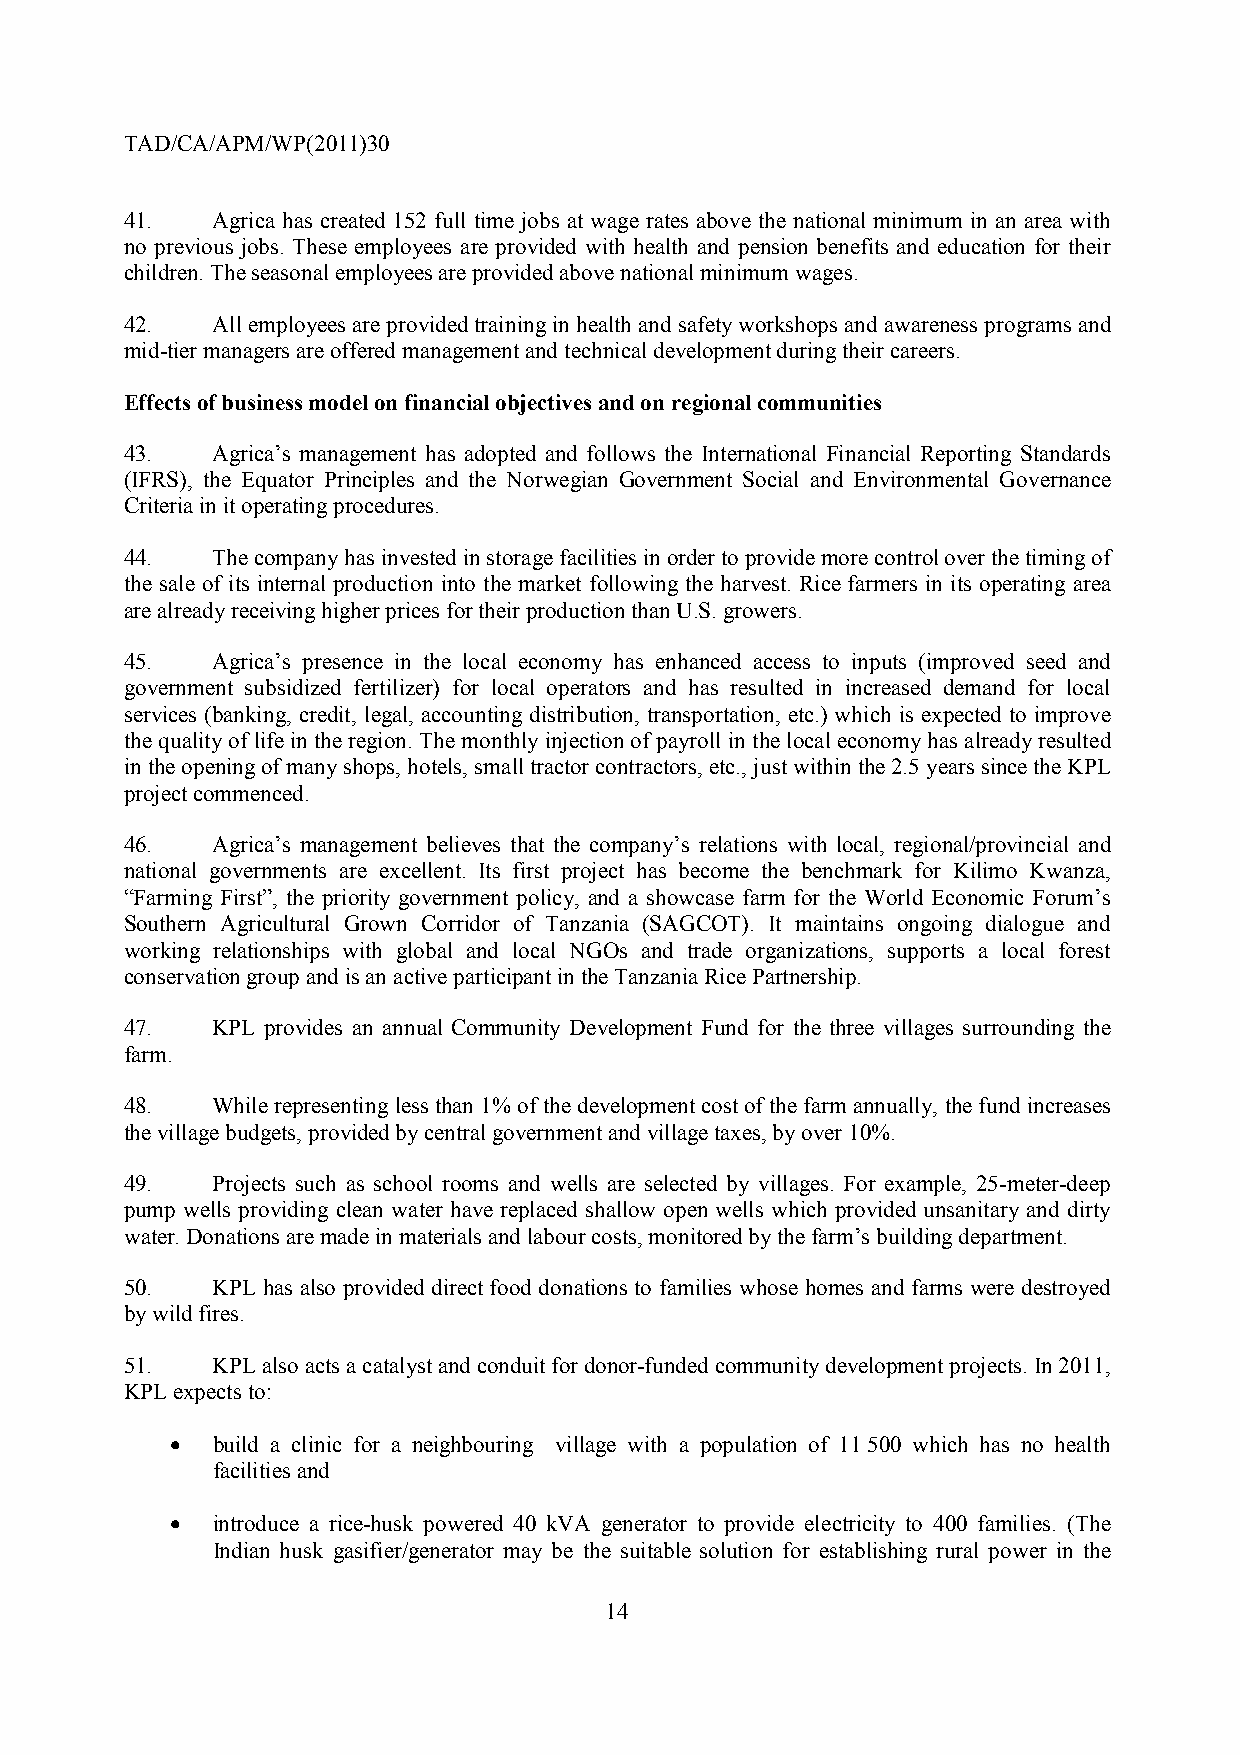
TAD/CA/APM/WP(2011)30
 41.   Agrica has created 152 full time jobs at wage rates above the national minimum in an area with
 no previous jobs. These employees are provided with health and pension benefits and education for their
 children. The seasonal employees are provided above national minimum wages.
 42.   All employees are provided training in health and safety workshops and awareness programs and
 mid-tier managers are offered management and technical development during their careers.
 Effects of business model on financial objectives and on regional communities
 43.   Agrica’s management has adopted and follows the International Financial Reporting Standards
 (IFRS), the Equator Principles and the Norwegian Government Social and Environmental Governance
 Criteria in it operating procedures.
 44.   The company has invested in storage facilities in order to provide more control over the timing of
 the sale of its internal production into the market following the harvest. Rice farmers in its operating area
 are already receiving higher prices for their production than U.S. growers.
 45.   Agrica’s presence in the local economy has enhanced access to inputs (improved seed and
 government subsidized fertilizer) for local operators and has resulted in increased demand for local
 services (banking, credit, legal, accounting distribution, transportation, etc.) which is expected to improve
 the quality of life in the region. The monthly injection of payroll in the local economy has already resulted
 in the opening of many shops, hotels, small tractor contractors, etc., just within the 2.5 years since the KPL
 project commenced.
 46.   Agrica’s management believes that the company’s relations with local, regional/provincial and
 national governments are excellent. Its first project has become the benchmark for Kilimo Kwanza,
 “Farming First”, the priority government policy, and a showcase farm for the World Economic Forum’s
 Southern Agricultural Grown Corridor of Tanzania (SAGCOT). It maintains ongoing dialogue and
 working relationships with global and local NGOs and trade organizations, supports a local forest
 conservation group and is an active participant in the Tanzania Rice Partnership.
 47.   KPL provides an annual Community Development Fund for the three villages surrounding the
 farm.
 48.   While representing less than 1% of the development cost of the farm annually, the fund increases
 the village budgets, provided by central government and village taxes, by over 10%.
 49.   Projects such as school rooms and wells are selected by villages. For example, 25-meter-deep
 pump wells providing clean water have replaced shallow open wells which provided unsanitary and dirty
 water. Donations are made in materials and labour costs, monitored by the farm’s building department.
 50.   KPL has also provided direct food donations to families whose homes and farms were destroyed
 by wild fires.
 51.   KPL also acts a catalyst and conduit for donor-funded community development projects. In 2011,
 KPL expects to:
 •  build a clinic for a neighbouring village with a population of 11 500 which has no health
 facilities and
 •  introduce a rice-husk powered 40 kVA generator to provide electricity to 400 families. (The
 Indian husk gasifier/generator may be the suitable solution for establishing rural power in the
 14